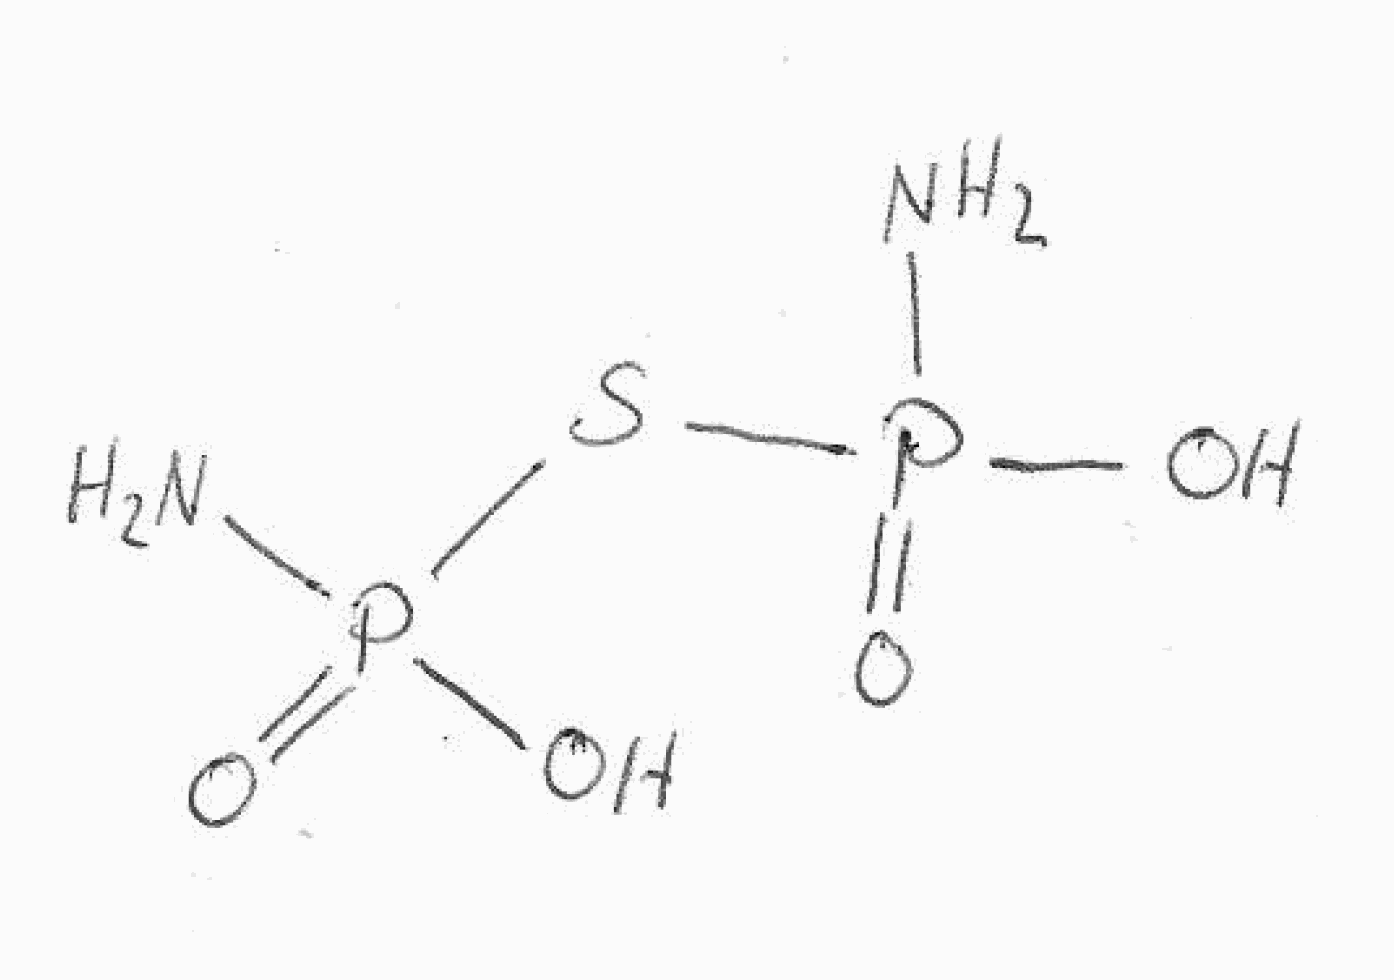
Simplified molecular-input line-entry system (SMILES) notation of the given molecule:
NP(=O)(O)SP(=O)(N)O